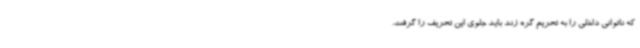
که ناتوانی داخلی را به تحریم گره زند باید جلوی این تحریف را گرفت.